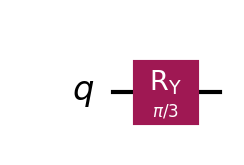
Description: Ry rotation: rotation around Y-axis by π/3
描述: Ry旋转：绕Y轴旋转π/3
Category: gate_coverage (difficulty: basic)
Qubits: 1, circuit depth: 1

Braket implementation:
import math
from braket.circuits import Circuit
circuit = Circuit().ry(0, math.pi / 3)